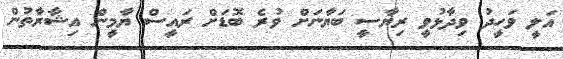
އަލީ ވަހީދު ވިދާޅުވީ ރިޔާސީ ބަޔާނަށް ވުރެ ބޮޑަށް ރައީސް ޔާމީން އިޝާރާތުން